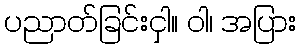
ပညာတ်ခြင်းငှါ။ ဝါ၊ အပြား